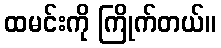
ထမင်းကို ကြိုက်တယ်။